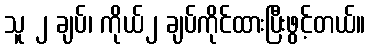
သူ ၂ ချပ်၊ ကိုယ်၂ ချပ်ကိုင်ထားပြီးဖွင့်တယ်။